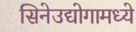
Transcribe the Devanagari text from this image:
सिनेउद्योगामध्ये